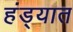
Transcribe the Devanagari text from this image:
हंड्यात